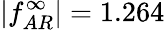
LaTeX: |f_{AR}^{\infty}|=1.264